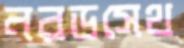
নরডসেথ